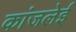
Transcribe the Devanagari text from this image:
कांजलेई